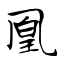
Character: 凰